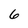
Character: 6